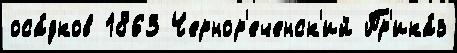
оса́дков 1863 Чернор'еченск'ий Пр'ика́з